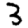
Digit: 3